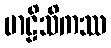
ဗာဠိသိကဿ